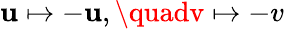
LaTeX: \mathbf{u}\mapsto-\mathbf{u},\quadv\mapsto-v